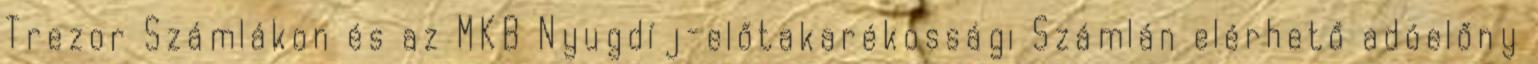
Trezor Számlákon és az MKB Nyugdíj-előtakarékossági Számlán elérhető adóelőny